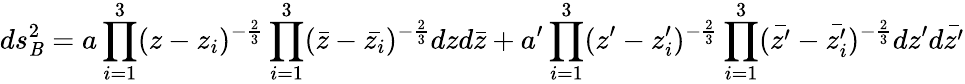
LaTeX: ds_{\mathit{B}}^{2}=a\prod_{i=1}^{3}(z-z_{i})^{-\frac{{2}}{{3}}}\prod_{i=1}^{3}(\bar{{z}}-\bar{{z_{i}}})^{-\frac{{2}}{{3}}}dzd\bar{{z}}+a^{\prime}\prod_{i=1}^{3}(z^{\prime}-z_{i}^{\prime})^{-\frac{{2}}{{3}}}\prod_{i=1}^{3}(\bar{{z^{\prime}}}-\bar{{z_{i}^{\prime}}})^{-\frac{{2}}{{3}}}dz^{\prime}d\bar{{z^{\prime}}}